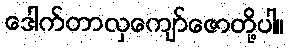
ဒေါက်တာလှကျော်ဇောတို့ပါ။